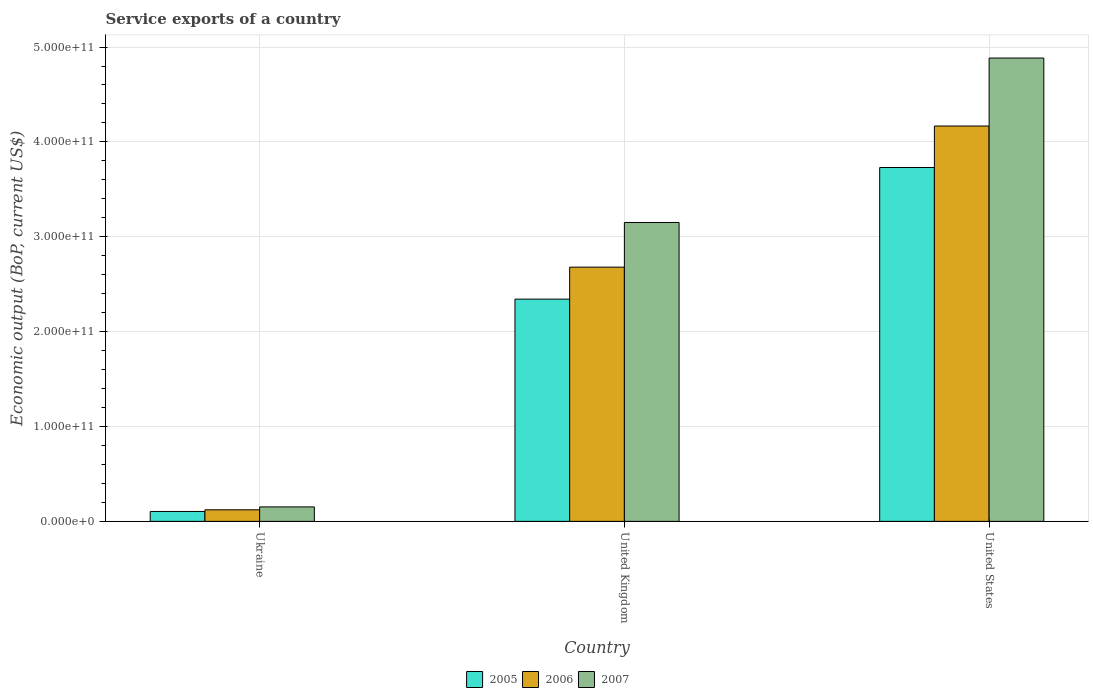
| Country | 2005 | 2006 | 2007 |
 | --- | --- | --- | --- |
 | Ukraine | 1.04e+10 | 1.22e+10 | 1.52e+10 |
 | United Kingdom | 2.34e+11 | 2.68e+11 | 3.15e+11 |
 | United States | 3.73e+11 | 4.17e+11 | 4.88e+11 |